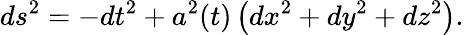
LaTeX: ds^{2}=-dt^{2}+a^{2}(t)\left(dx^{2}+dy^{2}+dz^{2}\right).